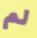
لم